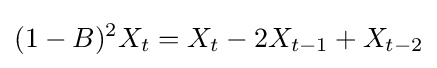
(1-B)^{2}X_{t}=X_{t}-2X_{t-1}+X_{t-2}